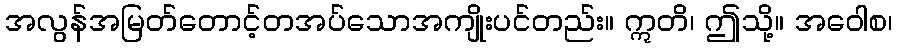
အလွန်အမြတ်တောင့်တအပ်သောအကျိုးပင်တည်း။ ဣတိ၊ ဤသို့။ အဝေါစ၊